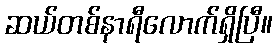
ဆယ်တစ်နာရီလောက်ရှိပြီ။